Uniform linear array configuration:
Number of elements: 16
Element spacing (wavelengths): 0.25
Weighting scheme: cosine
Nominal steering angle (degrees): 0
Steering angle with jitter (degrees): -0.6498
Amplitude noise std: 0.05
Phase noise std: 0.05

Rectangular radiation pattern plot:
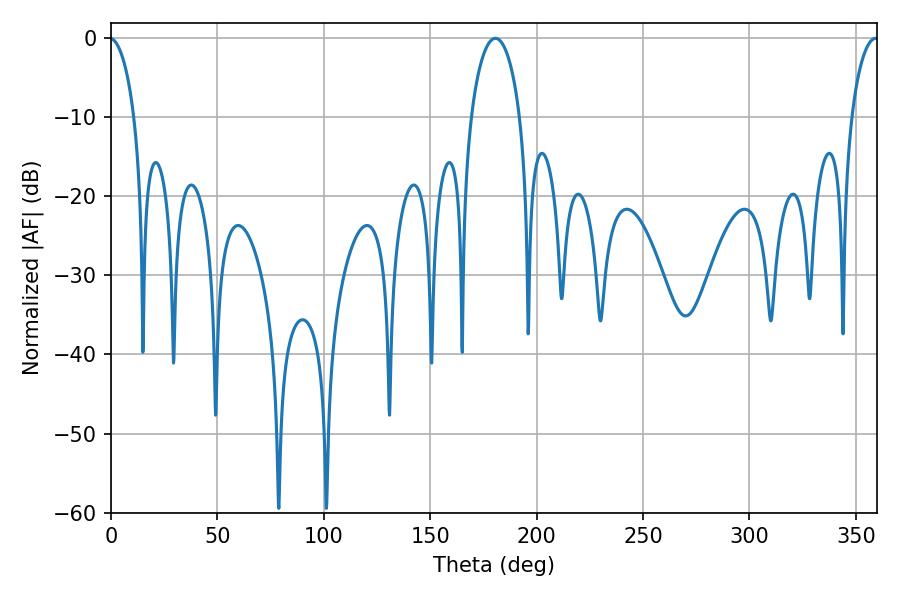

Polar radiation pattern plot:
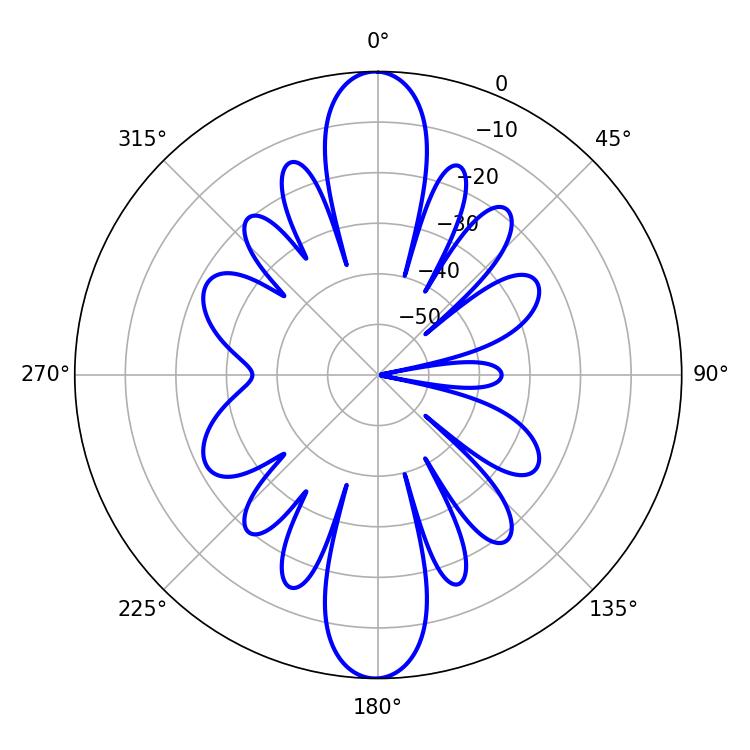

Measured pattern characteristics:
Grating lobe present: FALSE
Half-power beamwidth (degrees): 13.14
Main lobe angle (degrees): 180.54